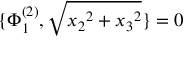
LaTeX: \{ \Phi _ { 1 } ^ { ( 2 ) } , \sqrt { { x _ { 2 } } ^ { 2 } + { x _ { 3 } } ^ { 2 } } \} = 0